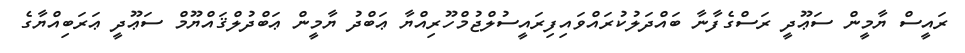
ރައީސް ޔާމީން ސަޢޫދީ ރަސްގެފާނާ ބައްދަލުކުރައްވައިފިރައީސުލްޖުމްހޫރިއްޔާ ޢަބްދު ޔާމީން ޢަބްދުލްޤައްޔޫމް ސަޢޫދީ ޢަރަބިއްޔާގެ